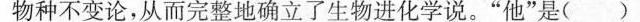
和物种不变论，从而完整地确立了生物进化学说。”他”是()